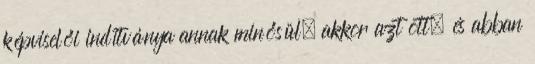
képviselői indítványa annak minősül, akkor azt ott, és abban